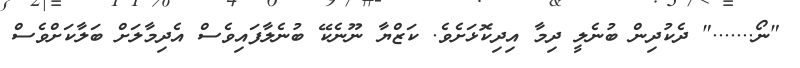
"ނޯ......." ދެކުދިން ބުނެލީ ދިމާ އިދިކޮޅަށެވެ. ކަޒްޔާ ނޫނެކޭ ބުނެލާފައިވެސް އެދިމާލަށް ބަލާކަށްވެސް